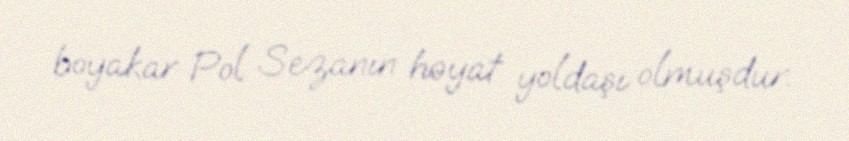
boyakar Pol Sezanın həyat yoldaşı olmuşdur.